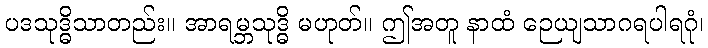
ပဒသုဒ္ဓိသာတည်း။ အာရမ္ဘသုဒ္ဓိ မဟုတ်။ ဤအတူ နာထံ ဉေယျသာဂရပါရဂုံ၊